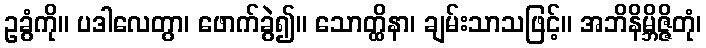
ဥခွံကို။ ပဒါလေတွာ၊ ဖောက်ခွဲ၍။ သောတ္ထိနာ၊ ချမ်းသာသဖြင့်။ အဘိနိမ္ဘိဇ္ဇိတုံ၊